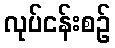
လုပ်ငန်းစဉ်